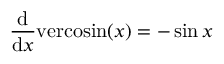
{ \frac { \mathrm { d } } { \mathrm { d } x } } \mathrm { v e r c o s i n } ( x ) = - \sin { x }